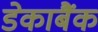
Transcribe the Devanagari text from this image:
डेकाबैंक